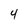
Character: 4